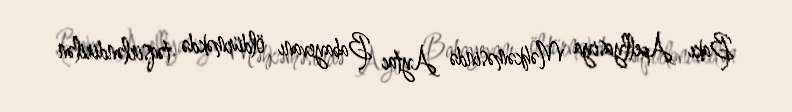
Bakı Apellyasiya Məhkəməsində Aytac Babayevanı öldürməkdə təqsirləndirilən